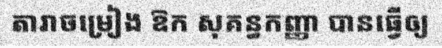
តារាចម្រៀង ឱក សុគន្ធកញ្ញា បានធ្វើឲ្យ